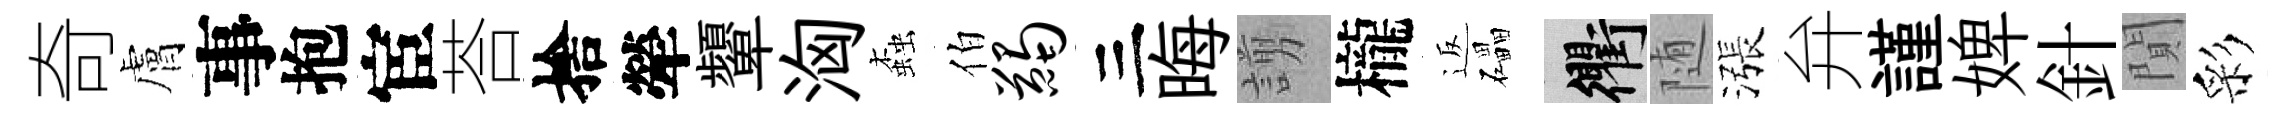
奇膚事抱宦荅捨犖顰洶螙伯蠲三晦謭櫳返礧衢随漲弁謹婢針閴彩